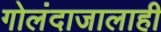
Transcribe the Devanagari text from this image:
गोलंदाजालाही